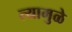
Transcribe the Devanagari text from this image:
त्यामुळे